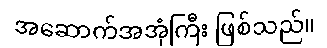
အဆောက်အအုံကြီး ဖြစ်သည်။